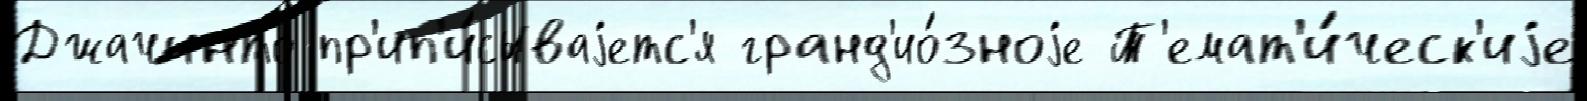
Джачинто пр'ип'и́сываjетс'я гранд'ио́зноjе Т'емат'и́ческ'иjе